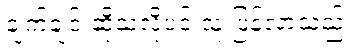
ချက်ချင်းဆိုသလိုပင် သူ ပြန်လာသည်။